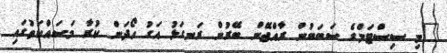
"މި ސިސްޓަމްގެ ސަބަބުން ރާއްޖޭން ބޭރުން ރަނގަޅު އަގު ހޯދަން ކުރާ މަސައްކަތުގައި